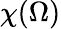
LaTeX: \chi(\Omega)